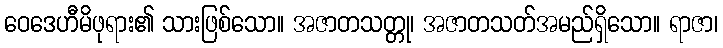
ဝေဒေဟီမိဖုရား၏ သားဖြစ်သော။ အဇာတသတ္တု၊ အဇာတသတ်အမည်ရှိသော။ ရာဇာ၊